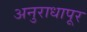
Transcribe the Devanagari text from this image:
अनुराधापूर